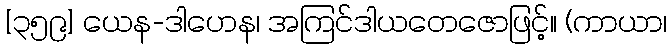
[၃၅၉] ယေန-ဒါဟေန၊ အကြင်ဒါယတေဇောဖြင့်။ (ကာယာ၊